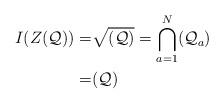
LaTeX: \begin{align*}I(Z(\mathcal Q))=&\sqrt{(\mathcal Q)}=\bigcap_{a=1}^N(\mathcal Q_a)\\=&(\mathcal Q)\end{align*}